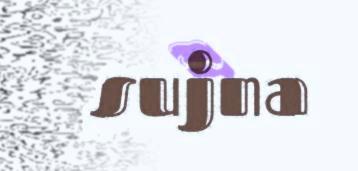
sujna